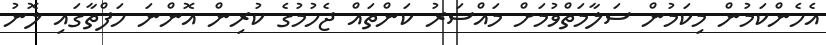
އެހެންކަމުން މިކަމުން ސަލާމަތްވުމަށް މައްސަރު ކަންތައް ޖެހުމުގެ ކުރިން އޮންނަ ހަފްތާގައި ލޮނު